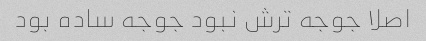
اصلا جوجه ترش نبود جوجه ساده بود